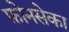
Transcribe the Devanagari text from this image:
फ़ोनसेका